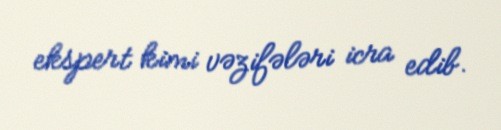
ekspert kimi vəzifələri icra edib.